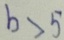
b > 5